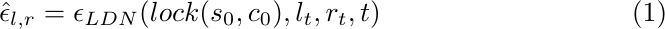
\begin{align}
\setlength{\abovedisplayskip}{-5pt}
\setlength{\belowdisplayskip}{-5pt}
    \hat{\epsilon}_{l,r}=\epsilon_{LDN}(lock(s_0,c_0),l_t,r_t,t)
\end{align}